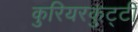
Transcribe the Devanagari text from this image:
कुरियरकुट्टी